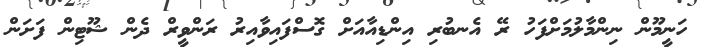
ހަނީމޫން ނިންމާލުމަށްފަހު ރޭ އެނބުރި އިންޑިއާއަށް ގޮސްފައިވާއިރު ރަންވީރް ދެން ޝޫޓިން ފަށަން